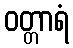
ဝတ္တာရံ